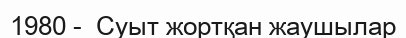
1980 -  Суыт жортқан жаушылар